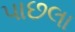
પાછલા